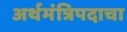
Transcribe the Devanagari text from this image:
अर्थमंत्रिपदाचा